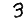
Digit: 3